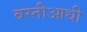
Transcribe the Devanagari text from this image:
बस्तीआधी